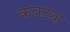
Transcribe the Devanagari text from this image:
कवट्या